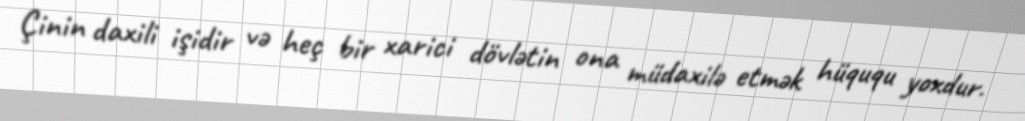
Çinin daxili işidir və heç bir xarici dövlətin ona müdaxilə etmək hüququ yoxdur.